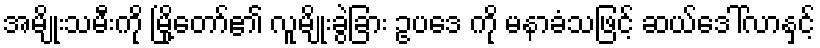
အမျိုးသမီးကို မြို့တော်၏ လူမျိုးခွဲခြား ဥပဒေ ကို မနာခံသဖြင့် ဆယ်ဒေါ်လာနှင့်